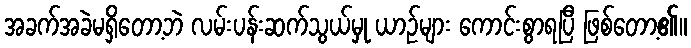
အခက်အခဲမရှိတော့ဘဲ လမ်းပန်းဆက်သွယ်မှု ယာဉ်များ ကောင်းစွာရပြီ ဖြစ်တော့၏။